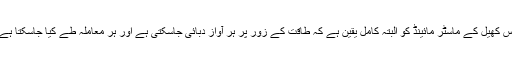
اس کھیل کے ماسٹر مائینڈ کو البتہ کامل یقین ہے کہ طاقت کے زور پر ہر آواز دبائی جاسکتی ہے اور ہر معاملہ طے کیا جاسکتا ہے۔